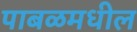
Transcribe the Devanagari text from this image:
पाबळमधील